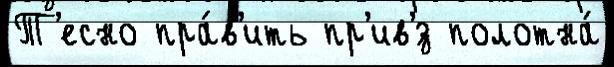
Т'есно пра́в'ить пр'ив'́з полотна́